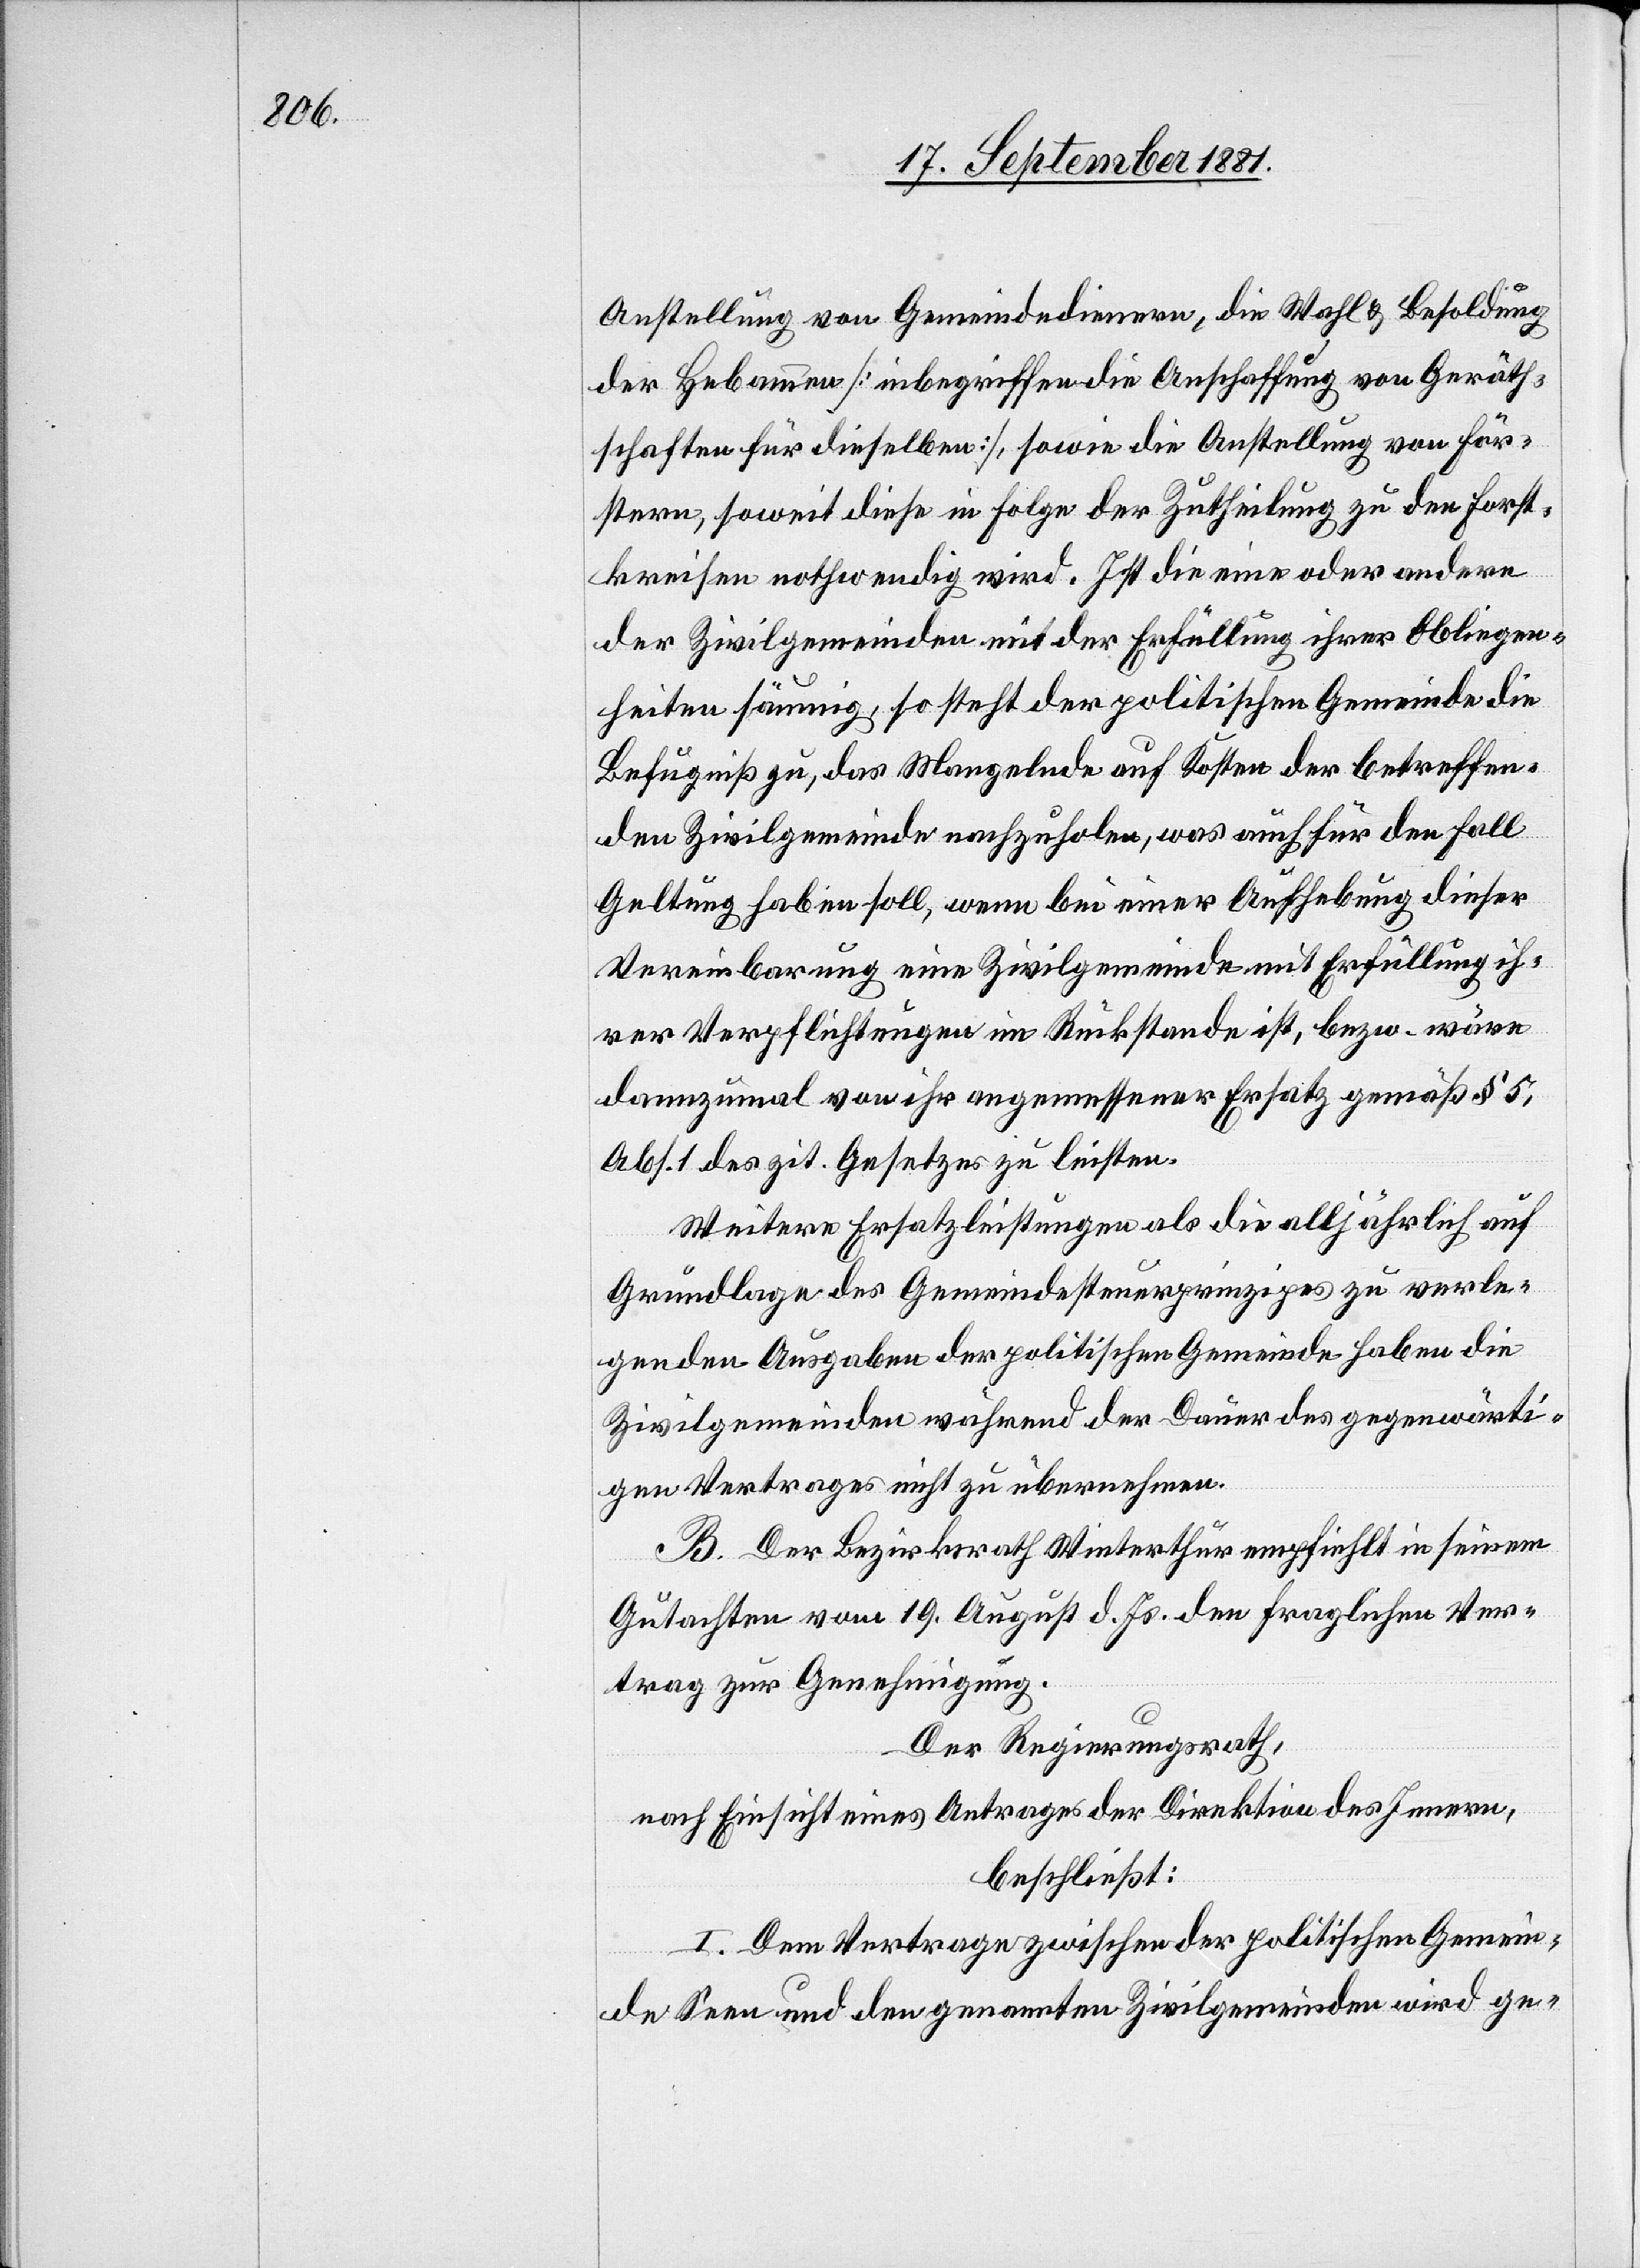
Anstellung von Gemeindedienern, die Wahl & Besoldung
der Hebammen [inbegriffen die Anschaffung von Geräth¬
schaften für dieselben], sowie die Anstellung von För¬
ster, soweit diese in Folge der Zutheilung zu den Forst¬
kreisen nothwendig wird. Ist die eine oder andere
der Zivilgemeinden mit der Erfüllung ihrer Obliegen¬
heiten säumig, so steht der politischen Gemeinde die
Befugniß zu, das Mangelnde auf Kosten der betreffen¬
den Zivilgemeinde nachzuholen, was auch für den Fall
Geltung haben soll, wenn bei einer Aufhebung dieser
Vereinbarung eine Zivilgemeinde mit Erfüllung ih¬
rer Verpflichtung im Rückstande ist, bezw. wäre
dannzumal von ihr angemessener Ersatz gemäß § 5,
Abs. 1 des zit. Gesetzes zu leisten.
Weitere Ersatzleistungen als die alljährlich auf
Grundlage des Gemeindesteuerprinzipes zu verle¬
genden Ausgaben der politischen Gemeinde haben die
Zivilgemeinden während der Dauer des gegenwärti¬
gen Vertrages nicht zu übernehmen.
B. Der Bezirksrath Winterthur empfiehlt in seinem
Gutachten vom 19. August d. Js. den fraglichen Ver¬
trag zur Genehmigung.
Der Regierungsrath,
nach Einsicht eines Antrages der Direktion des Innern,
beschließt:
I. Dem Vertrage zwischen der politischen Gemein¬
de Seen und den genannten Zivilgemeinden wird ge-